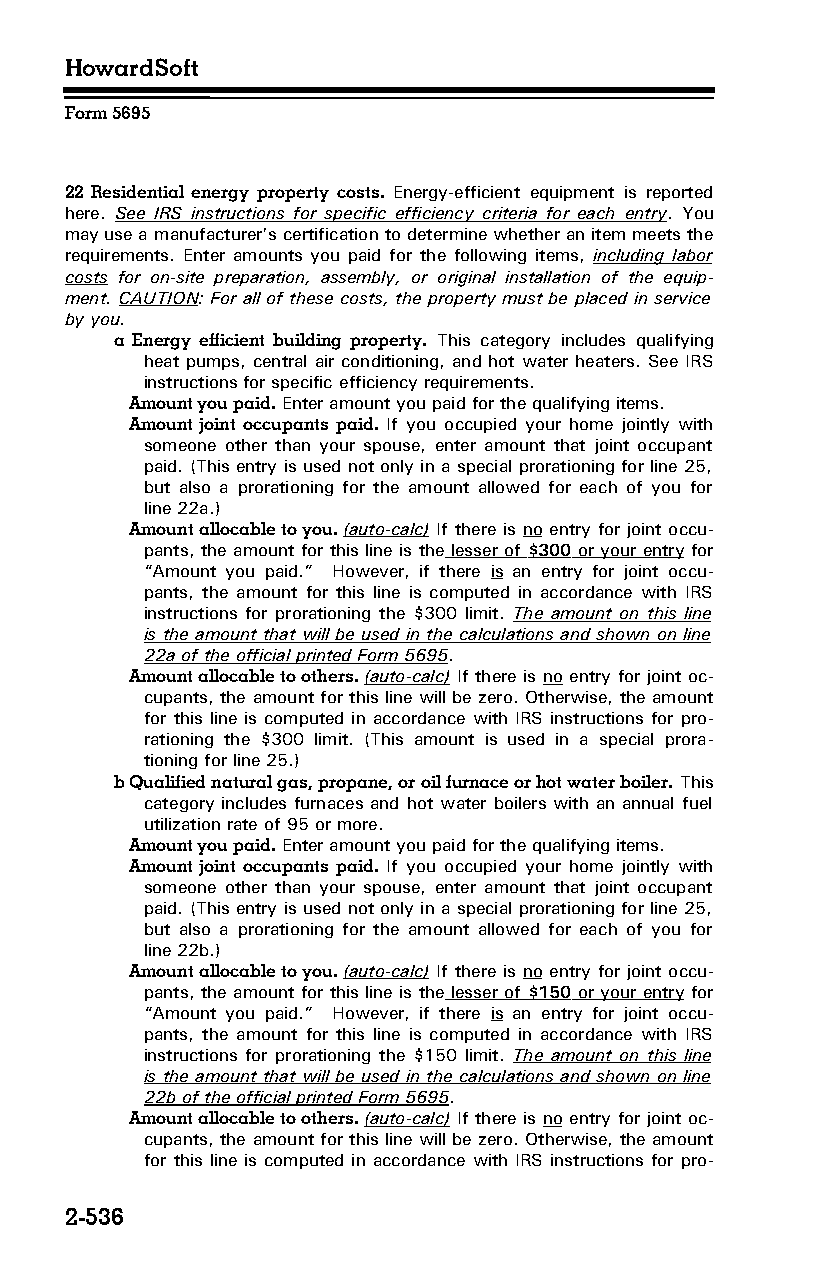
HowardSoft
 Form 5695
 22 Residential energy property costs. Energy-efficient equipment is reported
 here. See IRS instructions for specific efficiency criteria for each entry. You
 may use a manufacturer’s certification to determine whether an item meets the
 requirements. Enter amounts you paid for the following items, including labor
 costs for on-site preparation, assembly, or original installation of the equip­
 ment. CAUTION: For all of these costs, the property must be placed in service
 by you.
 a Energy efficient building property. This category includes qualifying
 heat pumps, central air conditioning, and hot water heaters. See IRS
 instructions for specific efficiency requirements.
 Amount you paid. Enter amount you paid for the qualifying items.
 Amount joint occupants paid. If you occupied your home jointly with
 someone other than your spouse, enter amount that joint occupant
 paid. (This entry is used not only in a special prorationing for line 25,
 but also a prorationing for the amount allowed for each of you for
 line 22a.)
 Amount allocable to you. (auto-calc) If there is no entry for joint occu­
 pants, the amount for this line is the lesser of $300 or your entry for
 “Amount you paid.” However, if there is an entry for joint occu­
 pants, the amount for this line is computed in accordance with IRS
 instructions for prorationing the $300 limit. The amount on this line
 is the amount that will be used in the calculations and shown on line
 22a of the official printed Form 5695.
 Amount allocable to others. (auto-calc) If there is no entry for joint oc­
 cupants, the amount for this line will be zero. Otherwise, the amount
 for this line is computed in accordance with IRS instructions for pro­
 rationing the $300 limit. (This amount is used in a special prora­
 tioning for line 25.)
 b Qualified natural gas, propane, or oil furnace or hot water boiler. This
 category includes furnaces and hot water boilers with an annual fuel
 utilization rate of 95 or more.
 Amount you paid. Enter amount you paid for the qualifying items.
 Amount joint occupants paid. If you occupied your home jointly with
 someone other than your spouse, enter amount that joint occupant
 paid. (This entry is used not only in a special prorationing for line 25,
 but also a prorationing for the amount allowed for each of you for
 line 22b.)
 Amount allocable to you. (auto-calc) If there is no entry for joint occu­
 pants, the amount for this line is the lesser of $150 or your entry for
 “Amount you paid.” However, if there is an entry for joint occu­
 pants, the amount for this line is computed in accordance with IRS
 instructions for prorationing the $150 limit. The amount on this line
 is the amount that will be used in the calculations and shown on line
 22b of the official printed Form 5695.
 Amount allocable to others. (auto-calc) If there is no entry for joint oc­
 cupants, the amount for this line will be zero. Otherwise, the amount
 for this line is computed in accordance with IRS instructions for pro­
 2-536